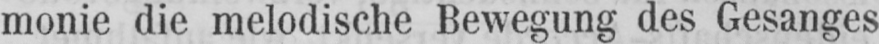
monie die melodische Bewegung des Gesanges